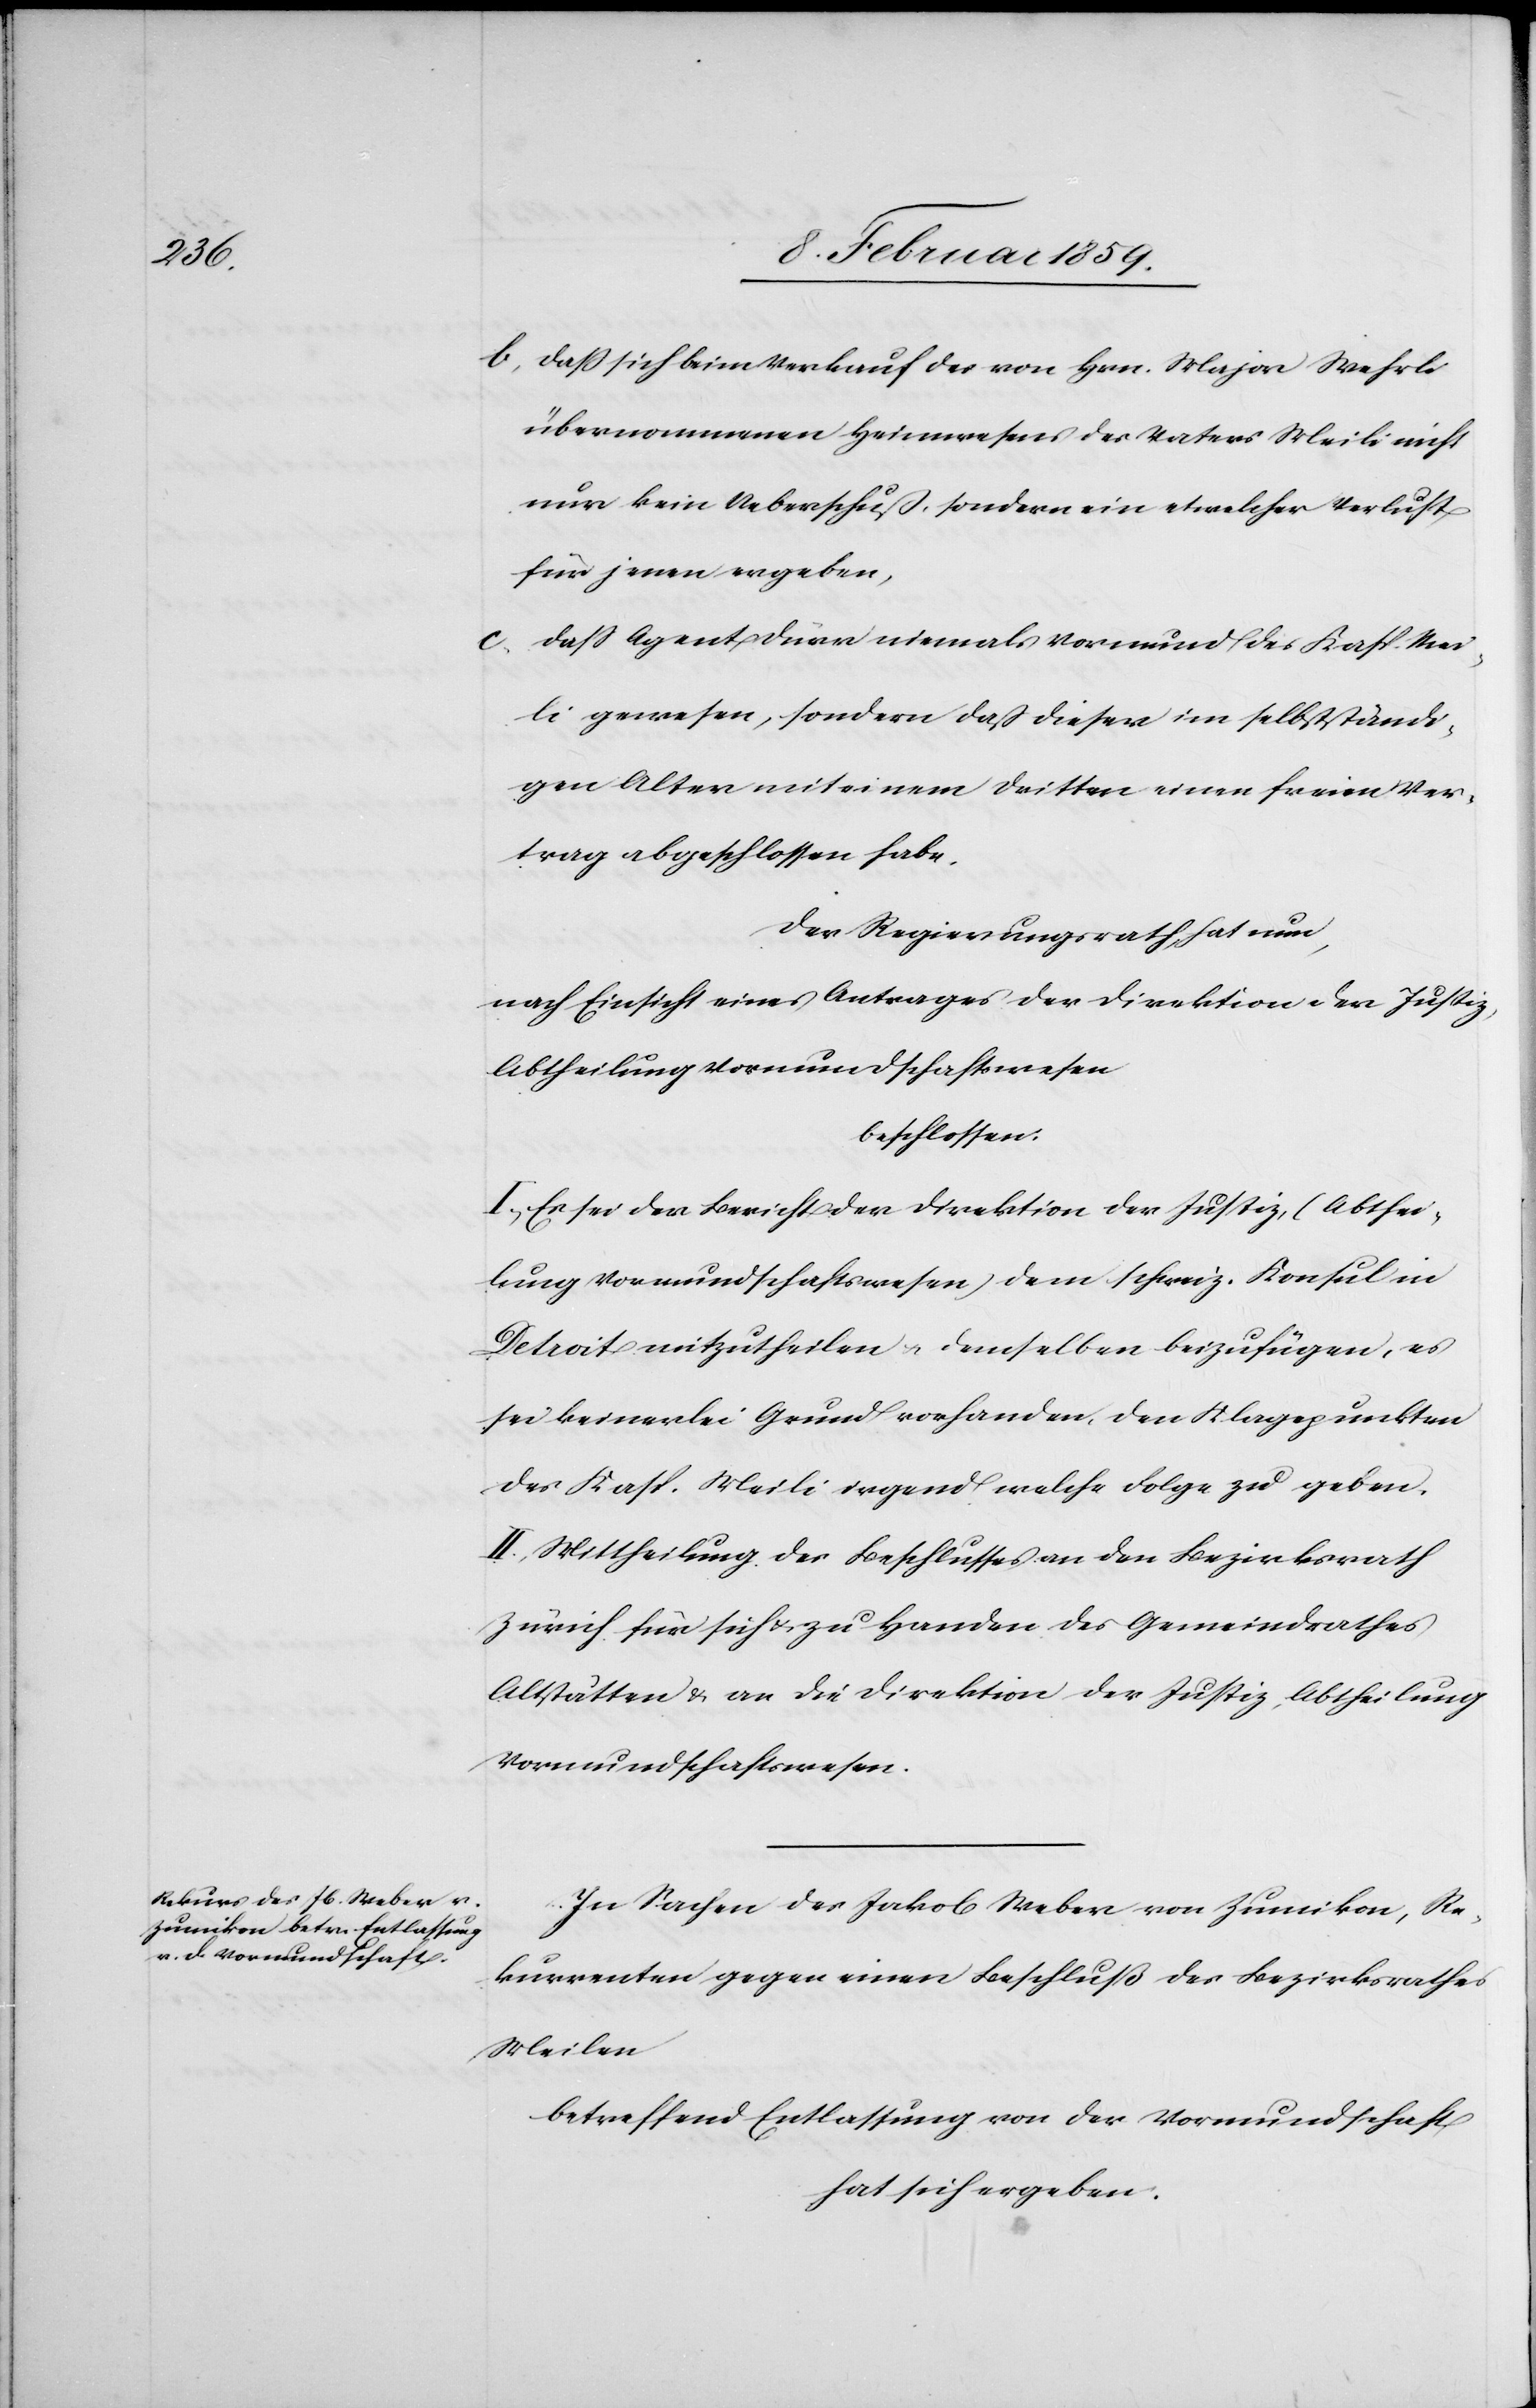
b, daß sich beim Verkauf des von Hrn. Major Wehrli
übernommenen Heimwesens des Vaters Meili nicht
nur kein Ueberschuß, sondern ein etwelcher Verlust
für jenen ergeben,
c, daß Agent Dürr niemals Vormund des Kasp. Mei¬
li gewesen, sondern daß dieser im selbstständi¬
gen Alter mit einem Dritten einen freien Ver¬
trag abgeschlossen habe.
Der Regierungsrath hat nun,
nach Einsicht eines Antrages der Direktion der Justiz,
Abtheilung Vormundschaftswesen
beschlossen:
I, Es sei der Bericht der Direktion der Justiz, (Abthei¬
lung Vormundschaftswesen) dem schweiz. Konsul in
Detroit mitzutheilen u demselben beizufügen, es
sei keinerlei Grund vorhanden, den Klagepunkten
des Kasp. Meili irgend welche Folge zu geben.
II. Mittheilung des Beschlusses an den Bezirksrath
Zürich für sich u. zu Handen des Gemeindrathes
Altstätten & an die Direktion der Justiz, Abtheilung
Vormundschaftswesen.
In Sachen des Jakob Weber von Zumikon, Re¬
kurrenten gegen einen Beschluß des Bezirksrathes
Meilen
betreffend Entlassung von der Vormundschaft
hat sich ergeben: